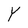
Character: Y